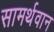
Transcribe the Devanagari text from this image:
सामर्थवान